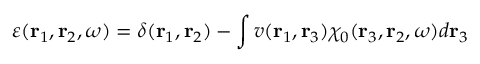
\varepsilon ( \mathbf { r } _ { 1 } , \mathbf { r } _ { 2 } , \omega ) = \delta ( \mathbf { r } _ { 1 } , \mathbf { r } _ { 2 } ) - \int v ( \mathbf { r } _ { 1 } , \mathbf { r } _ { 3 } ) \chi _ { 0 } ( \mathbf { r } _ { 3 } , \mathbf { r } _ { 2 } , \omega ) d \mathbf { r } _ { 3 }